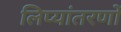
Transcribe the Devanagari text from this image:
लिप्यांतरणों